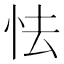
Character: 怯